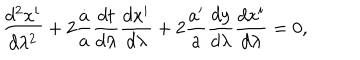
{ \frac { d ^ { 2 } x ^ { i } } { d \lambda ^ { 2 } } } + 2 { \frac { \dot { a } } { a } } { \frac { d t } { d \lambda } } { \frac { d x ^ { i } } { d \lambda } } + 2 { \frac { a ^ { \prime } } { a } } { \frac { d y } { d \lambda } } { \frac { d x ^ { i } } { d \lambda } } = 0 ,